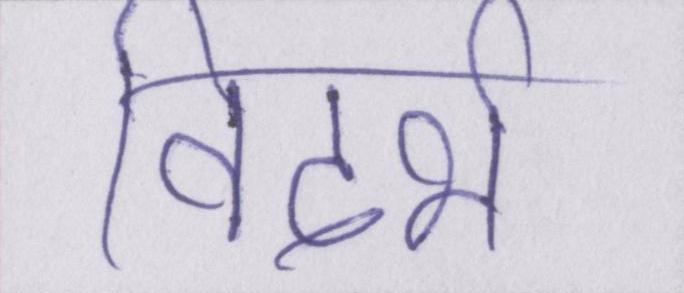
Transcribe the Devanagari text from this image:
विदर्भ